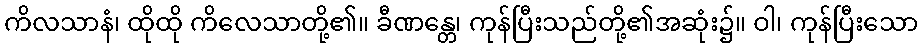
ကိလသာနံ၊ ထိုထို ကိလေသာတို့၏။ ခီဏန္တေ၊ ကုန်ပြီးသည်တို့၏အဆုံး၌။ ဝါ၊ ကုန်ပြီးသော